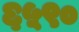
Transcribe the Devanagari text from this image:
६५९०